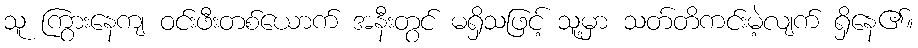
သူ ကြွားနေကျ ဝင်းဖီးတစ်ယောက် အနီးတွင် မရှိသဖြင့် သူ့မှာ သတ်တိကင်းမဲ့လျက် ရှိနေ၏။